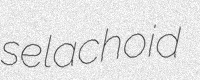
selachoid